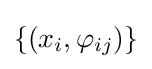
\{(x_{i},\varphi _{ij})\}